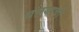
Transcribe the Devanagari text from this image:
धाग्याची